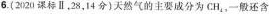
6.(2020课标Ⅱ，28，I4分)天然气的主要成分为 CH _ { 4 }，一般还含